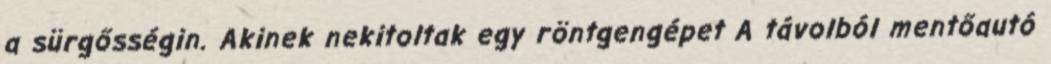
a sürgősségin. Akinek nekitoltak egy röntgengépet A távolból mentőautó